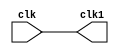
module repeater(
    input wire clk,
    output wire clk1
);

assign clk1 = clk;

endmodule